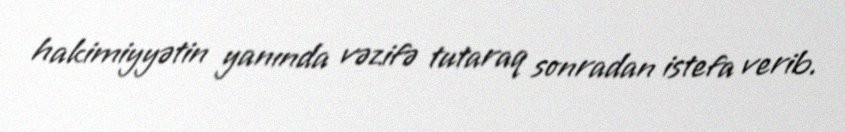
hakimiyyətin yanında vəzifə tutaraq sonradan istefa verib.